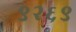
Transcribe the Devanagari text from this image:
९२६९